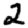
Digit: 2